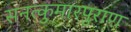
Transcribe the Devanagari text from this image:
सनत्कुमारपुराण